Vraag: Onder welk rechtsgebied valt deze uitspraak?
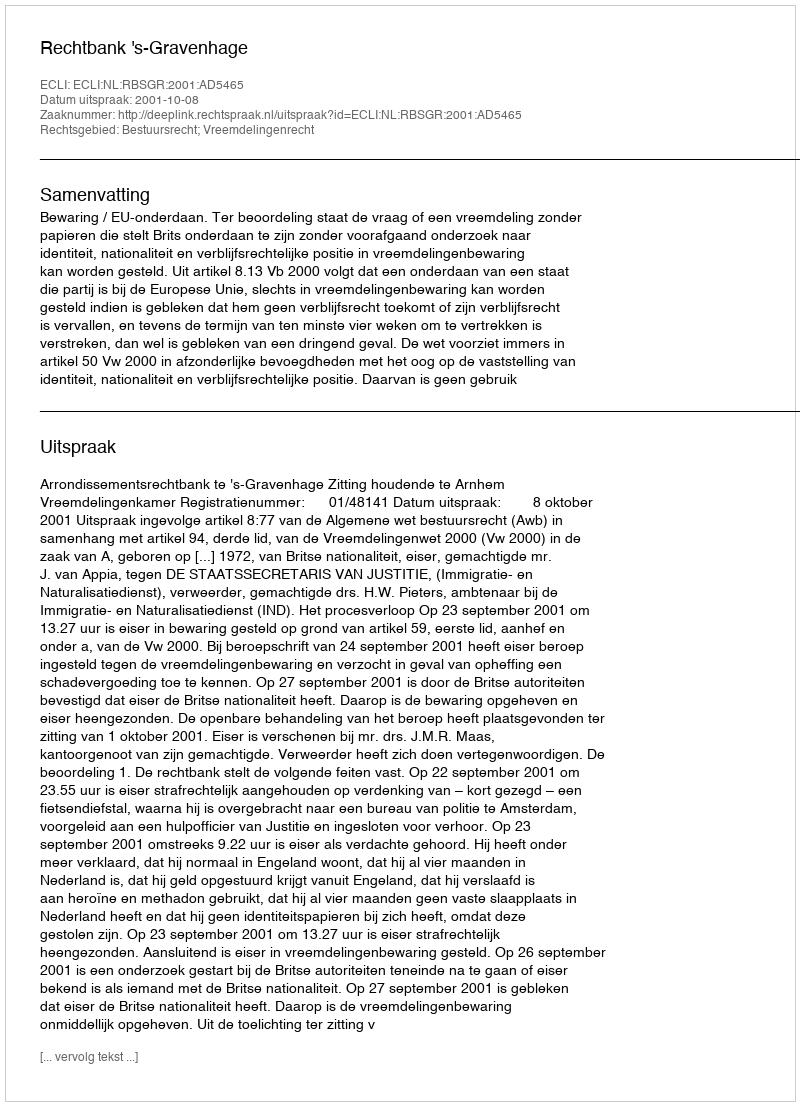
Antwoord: Bestuursrecht; Vreemdelingenrecht